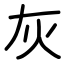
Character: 灰